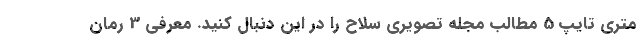
متری تایپ 5 مطالب مجله تصویری سلاح را در این دنبال کنید. معرفی 3 رمان